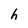
Character: h